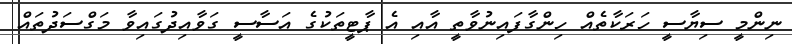
ނިންމީ ސިޔާސީ ހަރަކާތެއް ހިންގާފައިނުވާތީ އާއި އެ ޕާޓީތަކުގެ އަސާސީ ގަވާއިދުގައިވާ މަގްސަދުތައް